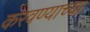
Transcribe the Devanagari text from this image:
करवण्याच्या